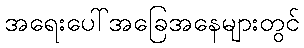
အရေးပေါ်အခြေအနေများတွင်